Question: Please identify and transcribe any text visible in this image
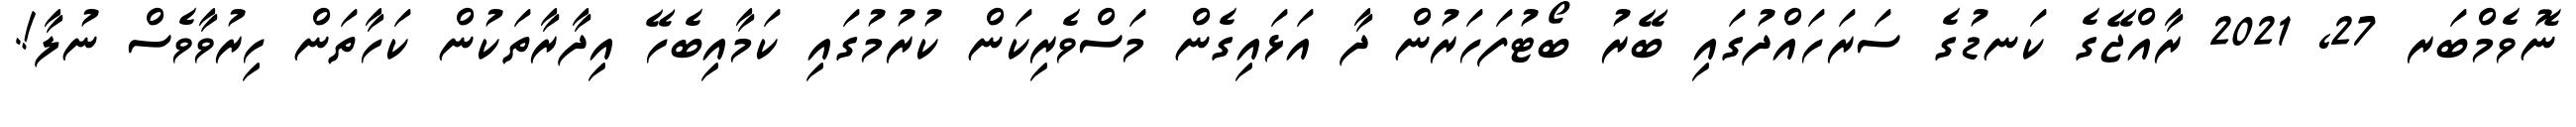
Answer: ނޮވެމްބަރ 27, 2021 ރާއްޖޭގެ ކަނޑުގެ ސަރަހައްދުގައި ބޭރު ބޯޓުފަހަރުން ދާ އަޅައިގެން މަސްވެރިކަން ކުރުމުގައި ކަމާއިބެހޭ އިދާރާތަކުން ކަހާތަން ހިރުވާވެސް ނުލާ!.